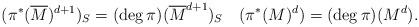
LaTeX: \begin{align*}(\pi^* (\overline M)^{d+1})_S =( \deg \pi) (\overline M^{d+1})_S\quad(\pi^*(M)^d) =( \deg\pi )(M^d).\end{align*}